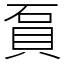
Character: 𧵔